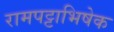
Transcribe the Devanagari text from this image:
रामपट्टाभिषेक